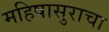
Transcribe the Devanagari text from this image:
महिषासुराचा